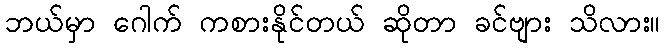
ဘယ်မှာ ဂေါက် ကစားနိုင်တယ် ဆိုတာ ခင်ဗျား သိလား။